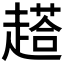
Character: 𲃑